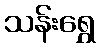
သန်းရွှေ